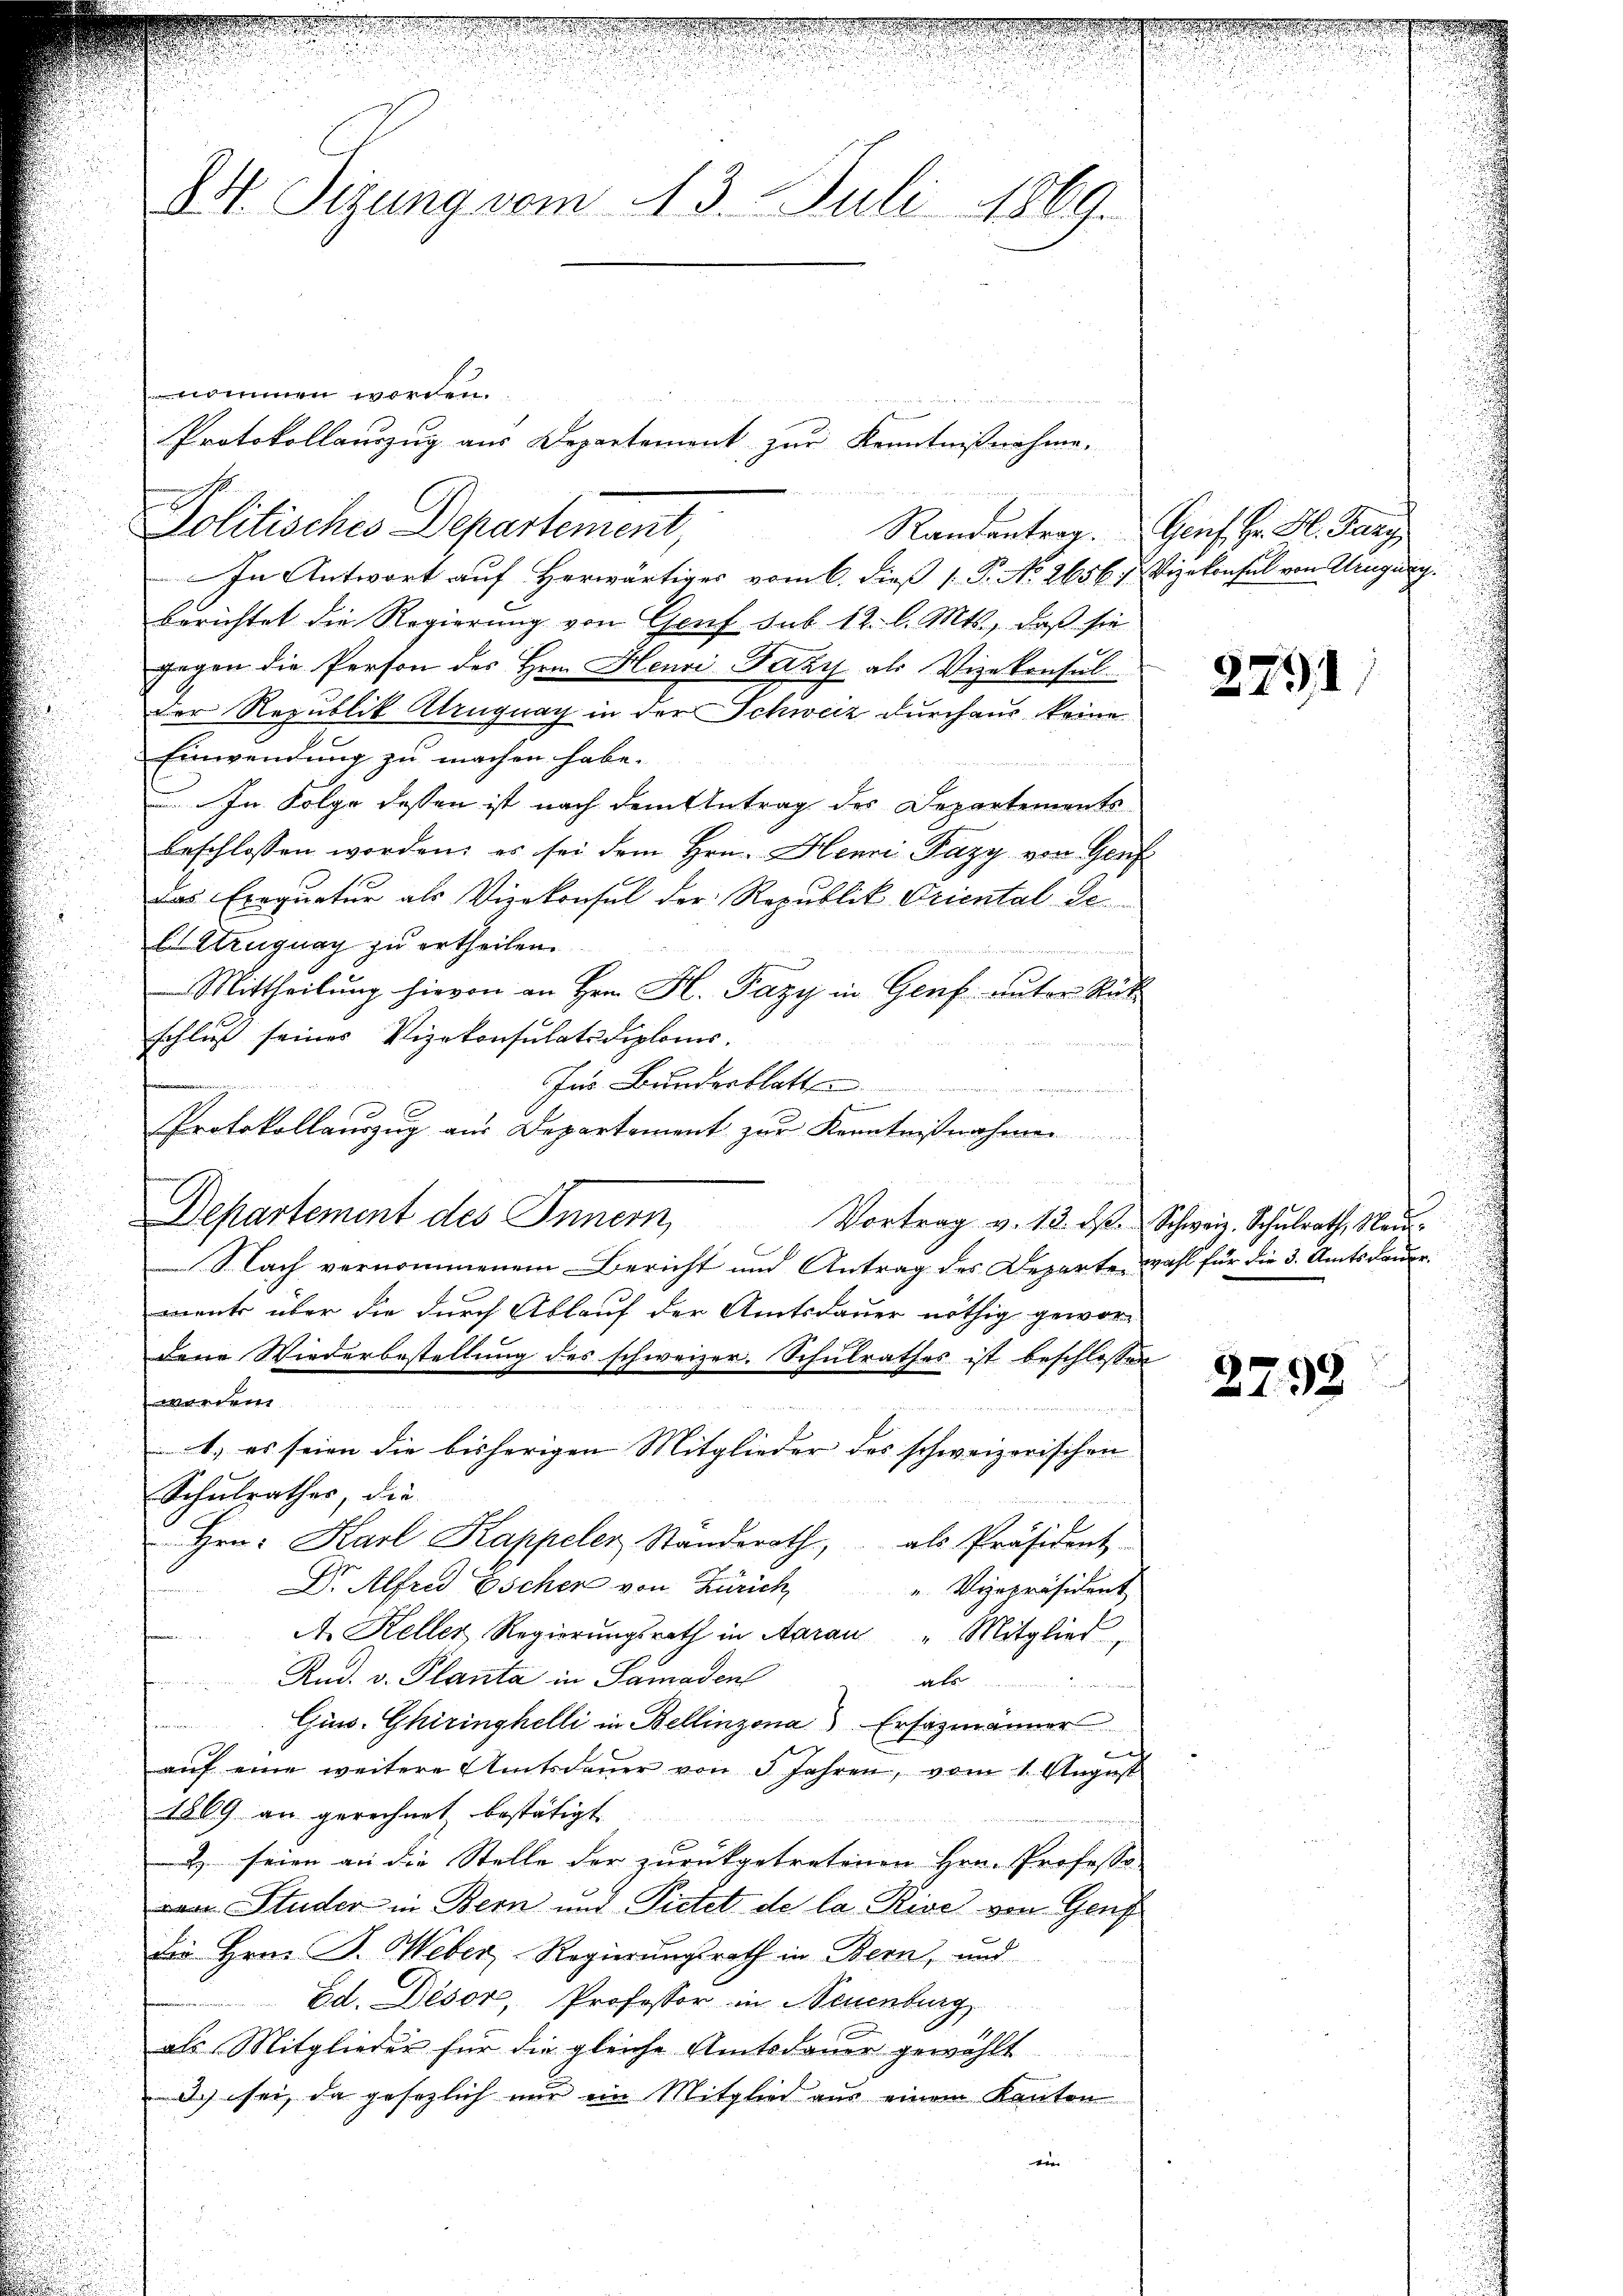
u
24. Sizung vom 13. Juli 1869.

nommen worden.
Politisches Departement,
In Antwort auf Herwärtiges vom 6. dieß 1 P. No 2656 f. Vizekonsul von Urugung.
berichtet die Regierung von Genf sub. 12. l. Mts., daß sie
gegen die Person des Hrn. Henri Paar als Vizekonsul
der Republik Kruguay in der Schweiz durchaus keine
Einwendung zu machen habe.
u. In Folge dessen ist nach dem Antrag des Departements
beschlossen worden; es sei dem Hrn. Henri Pazy von Genf
Das Exequatur als Vizekonsul der Republik Oriental de
le Struguay zu ertheilen.
 Mittheilung hievon an Hrn. H. Pazy in Genf unter Rüt
schluß seines Vizekonsulats Diplomis.
für Bunderblatten.
e
Protokollauszug aus Departement zur Kenntnißnahmen
Departement des Innern,
Vortrag v. 13. d. Schweiz. Schulrath, Neu¬
Nach vernommenem Bericht und Antrag des Departe wahl für die 3. Amtsdauer
ments über die durch Ablauf der Amtsdauer nöthig gewordene Wiederbestellung des schweizer. Schulrathes ist beschlossen
t k. k.
de
n die
1.) es seien die bisherigen Mitglieder des schweizerischen |
Schulrathes, die
 Hrn. Karl Kappeler Standsrath, als Präsident
Dr. Alfred Escher von Zürich
u. Vizepräsident
A. Keller Regierŭngsrath in Aarau " Mitglied
Rud. v. Planta in Samaden
als
Gins. Ghiringhelli in Bellinzona Erfazmänner
auf eine weitere Amtsdauer von 5 Jahren, vom 1. August
1869 an gerechnet bestätigt.
 seien an die Stelle der zurückgetretenen Hrn. Professovan Studer in Bern und Pietet de la Rise von Genf
Die Hrn. F. Weber-Regierungsrath in Bern, und
Ed. Dèsor, Professor in Neuenburg,
als Mitglieder für die gleiche Amtsdauer gewählt
Ich sei, da gesezlich nur ein Mitglied aus einem Kanton
e

u

Protokollauszug aus Departement zur Kenntnißnahme,

2
.

Randantrag. Genf Hr. Bl. Parz

2791

u

2753